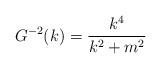
LaTeX: \begin{align*}G^{-2}(k)=\frac{k^4}{k^2+m^2} \end{align*}